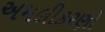
અમલીકરણો